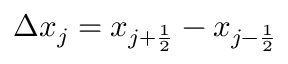
\Delta x _ { j } = x _ { { j + \frac { 1 } { 2 } } } - x _ { { j - \frac { 1 } { 2 } } }